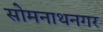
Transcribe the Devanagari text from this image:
सोमनाथनगर